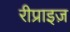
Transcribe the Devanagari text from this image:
रीप्राइज़